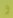
و